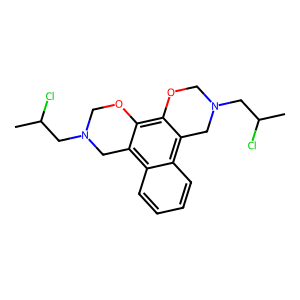
SMILES: CC(Cl)CN1COc2c3c(c4ccccc4c2C1)CN(CC(C)Cl)CO3
Inhibits HIV replication: No